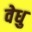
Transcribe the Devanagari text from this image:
वेधु